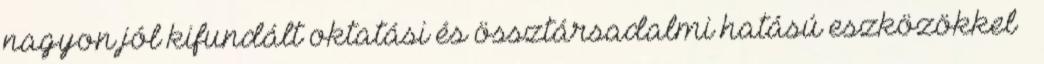
nagyon jól kifundált oktatási és össztársadalmi hatású eszközökkel –